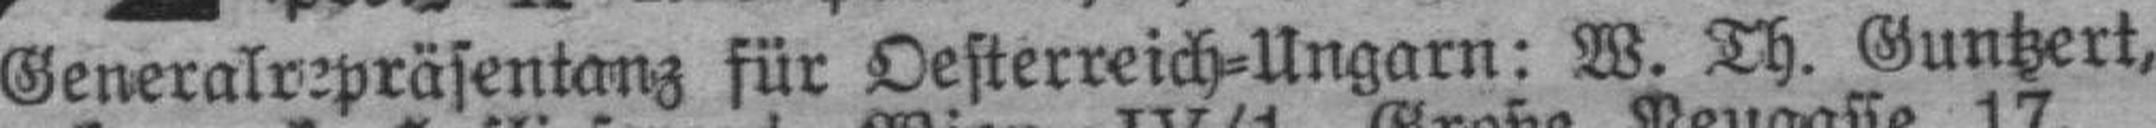
Generalvepräsentanz für Oesterreich=Ungarn: W. Th. Guntzert,